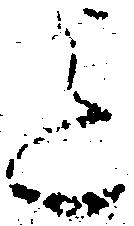
迄